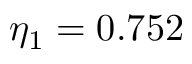
\eta _ { 1 } = 0 . 7 5 2